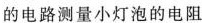
的电路测量小灯泡的电阻